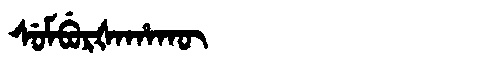
Manchu: ᠰᡠᠮᠪᡠᡵᡧᠠᡥᠠᡴᡡ
Romanization: SUMBURŠAHAKŪ